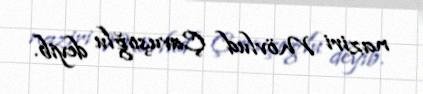
naziri Mövlud Çavuşoğlu deyib.